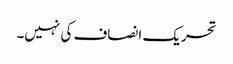
تحریک انصاف کی نہیں۔